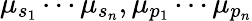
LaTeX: \mu_{s_{1}}\cdots\mu_{s_{n}},\mu_{p_{1}}\cdots\mu_{p_{n}}